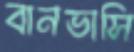
বানভাসি